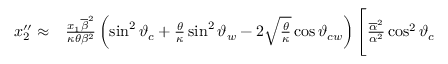
\begin{array} { r l } { x _ { 2 } ^ { \prime \prime } \approx } & { { } \frac { x _ { 1 } \overline { { \beta } } ^ { 2 } } { \kappa \theta \beta ^ { 2 } } \left( \sin ^ { 2 } \vartheta _ { c } + \frac { \theta } { \kappa } \sin ^ { 2 } \vartheta _ { w } - 2 \sqrt { \frac { \theta } { \kappa } } \cos \vartheta _ { c w } \right) \Bigg [ \frac { \overline { { \alpha } } ^ { 2 } } { \alpha ^ { 2 } } \cos ^ { 2 } \vartheta _ { c } } \end{array}